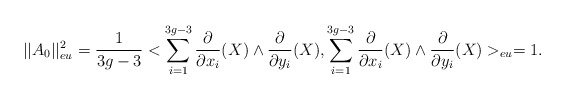
\begin{align*}||A_0||_{eu}^2=\frac{1}{3g-3}<\sum_{i=1}^{3g-3}\frac{\partial}{\partial x_{i}}(X)\wedge \frac{\partial}{\partial y_{i}}(X),\sum_{i=1}^{3g-3}\frac{\partial}{\partial x_{i}}(X)\wedge \frac{\partial}{\partial y_{i}}(X)>_{eu}=1.\end{align*}